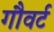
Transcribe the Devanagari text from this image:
गौवर्ट